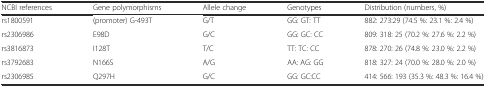
| NCBI references | Gene polymorphisms | Allele change | Genotypes | Distribution (numbers, %) |
 | --- | --- | --- | --- | --- |
 | rs1800591 | (promoter) G-493T | G/T | GG: GT: TT | 882: 273:29 (74.5 %: 23.1 %: 2.4 %) |
 | rs2306986 | E98D | G/C | GG: GC: CC | 809: 318: 25 (70.2 %: 27.6 %: 2.2 %) |
 | rs3816873 | I128T | T/C | TT: TC: CC | 878: 270: 26 (74.8 %: 23.0 %: 2.2 %) |
 | rs3792683 | N166S | A/G | AA: AG: GG | 818: 327: 24 (70.0 %: 28.0 %: 2.0 %) |
 | rs2306985 | Q297H | G/C | GG: GC:CC | 414: 566: 193 (35.3 %: 48.3 %: 16.4 %) |